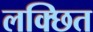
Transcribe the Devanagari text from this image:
लक्छित